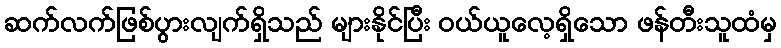
ဆက်လက်ဖြစ်ပွားလျက်ရှိသည် များနိုင်ပြီး ဝယ်ယူလေ့ရှိသော ဖန်တီးသူထံမှ